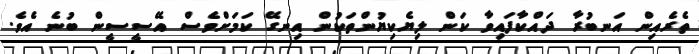
ތެރެއިން އަނބުރާ ދައްކާފައިވާ ކަން ލިޔެކިޔުންތަކުން އިނގޭ ކަމަށްވެސް އޭސީސީން ބުނެ އެވެ.